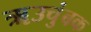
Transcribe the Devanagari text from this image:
ॠउचुंबक